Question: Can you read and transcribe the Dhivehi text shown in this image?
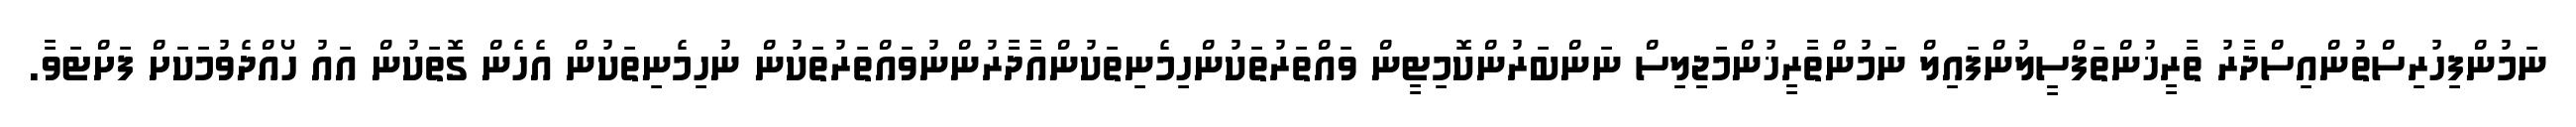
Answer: ނަމުންފިހުރިސްތުންއިސްދާރު ތާރީޚުންތަފްސީލުންފައިލް ނަމުންތާރީޚުންމަޖިލިސް ނަންބަރުންކޮމިޓީން ވައްތަރުތަކުންހިމެނިތަކުންއާދާރުންނުވައްތަރުތަކުން ނުހިމެނިތަކުން އެހެން ގޮތަކުން އައު ހޯއްދެވުމަކަށް ފަށްޓަވާ.